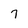
Character: 7